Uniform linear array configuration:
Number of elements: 16
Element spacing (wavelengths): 0.25
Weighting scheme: kaiser
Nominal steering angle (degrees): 45
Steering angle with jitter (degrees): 46.775
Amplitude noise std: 0.05
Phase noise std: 0.05

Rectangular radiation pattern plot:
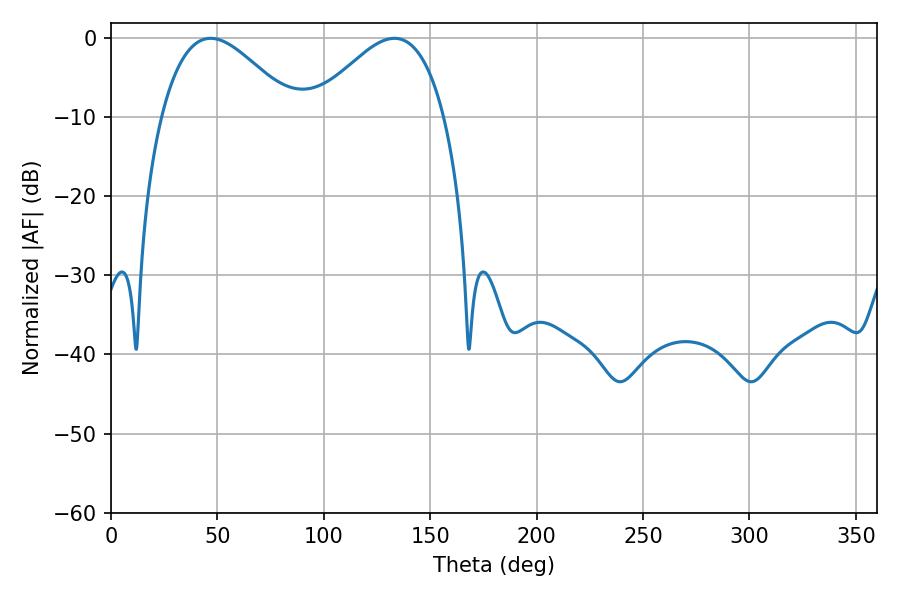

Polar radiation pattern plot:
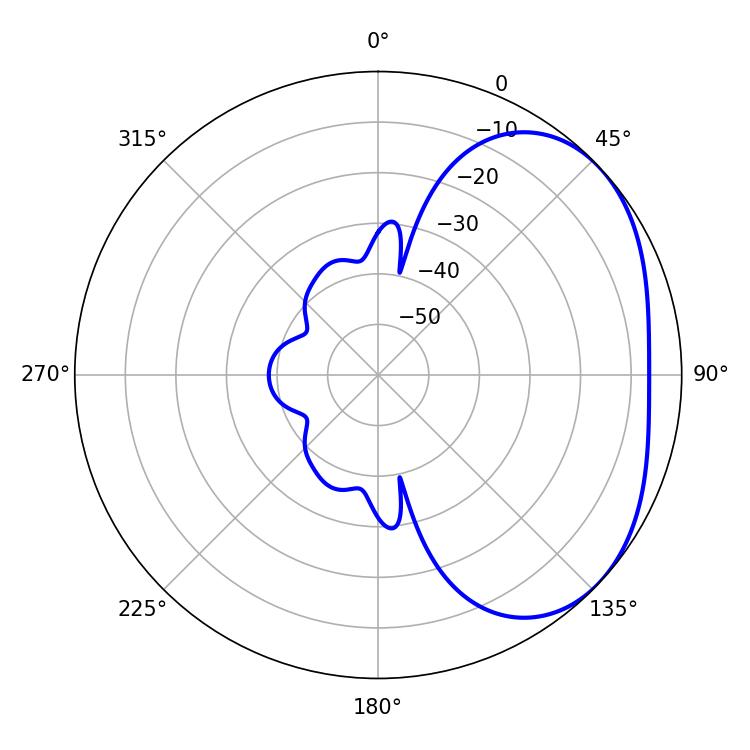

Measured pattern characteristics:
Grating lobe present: FALSE
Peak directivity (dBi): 3.023
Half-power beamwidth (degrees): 33.48
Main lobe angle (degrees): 46.8